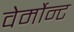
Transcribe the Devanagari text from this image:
वेर्मोन्ट